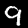
Label: 9